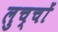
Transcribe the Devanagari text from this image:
लुच्चों